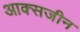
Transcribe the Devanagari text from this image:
आक्सजीन